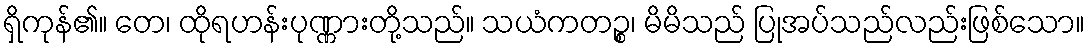
ရှိကုန်၏။ တေ၊ ထိုရဟန်းပုဏ္ဏားတို့သည်။ သယံကတဉ္စ၊ မိမိသည် ပြုအပ်သည်လည်းဖြစ်သော။